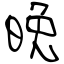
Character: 晩